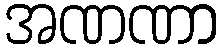
အဏဏာ